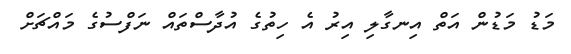
މަޑު މަޑުން އަތް އިނގާލި އިރު އެ ހިތުގެ އުދާސްތައް ނަފްސުގެ މައްޗަށް